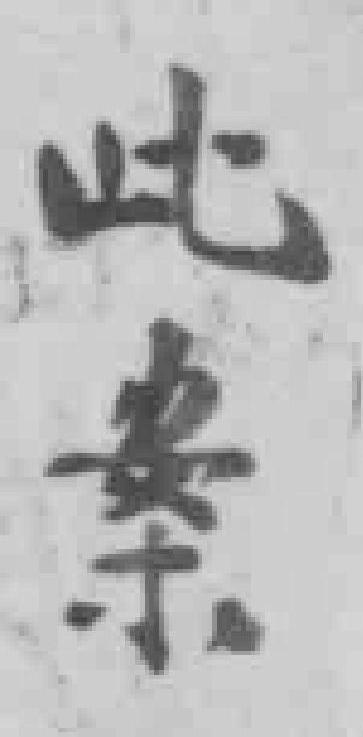
此案